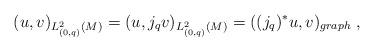
LaTeX: \begin{align*}(u,v)_{L^2_{(0,q)}(M)} = (u, j_q v)_{L^2_{(0,q)}(M)} = ((j_q)^*u,v)_{graph}\; ,\end{align*}